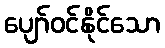
ပျော်ဝင်နိုင်သော